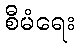
စီမံရေး